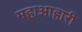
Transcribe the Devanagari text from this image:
महाआहारी